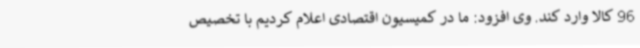
96 کالا وارد کند. وی افزود: ما در کمیسیون اقتصادی اعلام کردیم با تخصیص